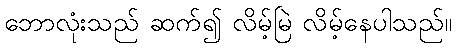
ဘောလုံးသည် ဆက်၍ လိမ့်မြဲ လိမ့်နေပါသည်။